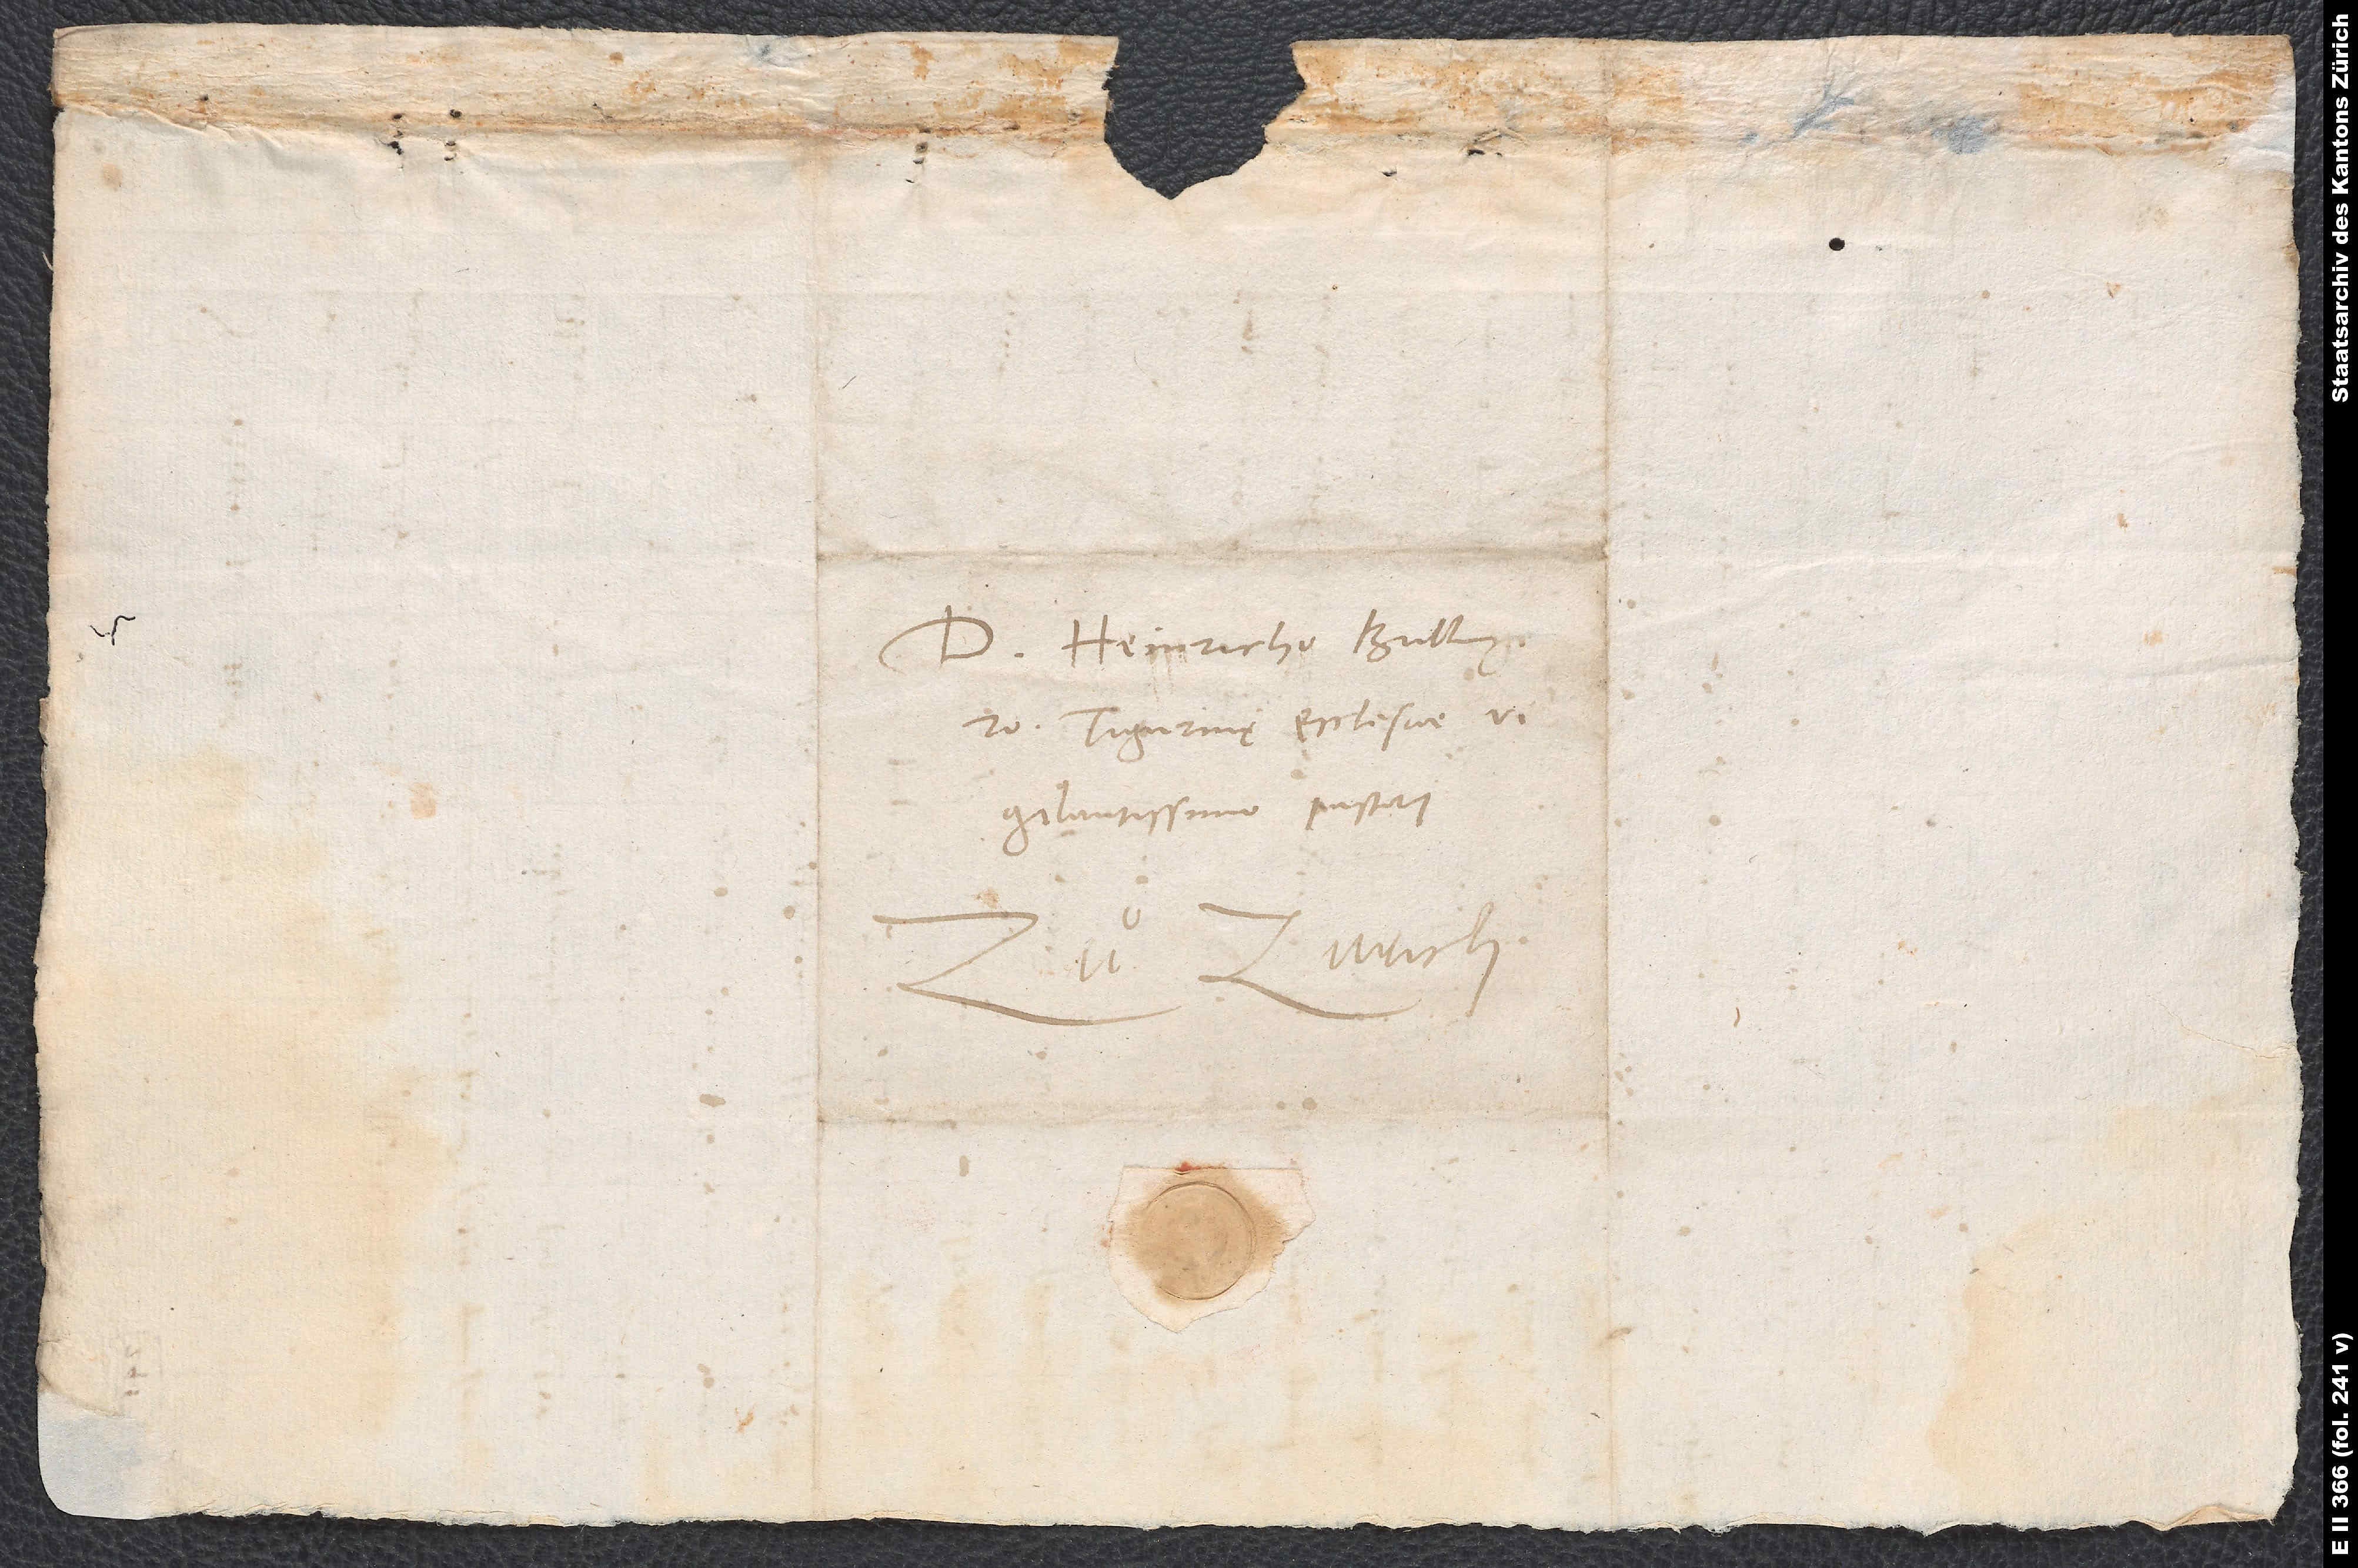
D. Heinricho Bullingero,
Tigurinę ecclesiae
vigilantissimo pastori.
Zuͦ Zurich.